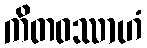
ကိတဝဿာဟံ